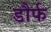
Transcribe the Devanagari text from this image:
डौर्फ